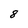
Character: 8